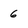
Character: 6